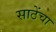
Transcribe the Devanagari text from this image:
साठेंचा